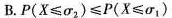
B.$$P (X ≤ σ _ { 2 } ) ≤ P ( X ≤ σ _ { 1 } ) $$